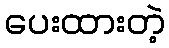
ပေးထားတဲ့